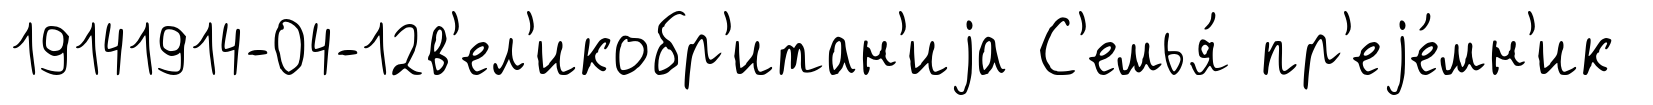
19141914-04-12в'ел'икобр'итан'иjа С'емья́ пр'еjе́мн'ик